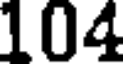
104